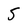
Character: 5